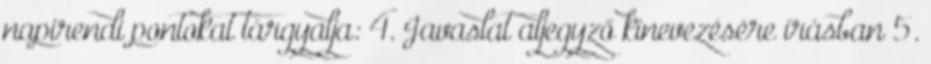
napirendi pontokat tárgyalja: 4. Javaslat aljegyző kinevezésére írásban 5.